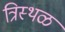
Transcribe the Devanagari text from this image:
त्रिस्थळ